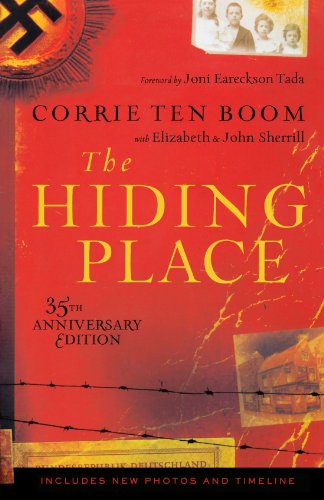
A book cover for The Hiding Place; Corrie Ten Boom; Biographies & Memoirs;